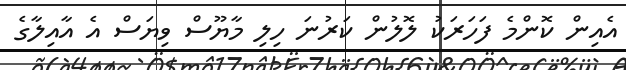
އެއިން ކޮންމެ ފަހަރަކު ލޮލުން ކަރުނަ ހިލި މާޔޫސް ވިޔަސް އެ އާއިލާގެ